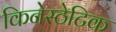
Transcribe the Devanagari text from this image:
किनेस्ठेटिक